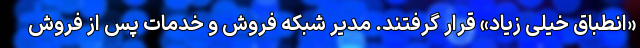
«انطباق خیلی زیاد» قرار گرفتند. مدیر شبکه فروش و خدمات پس از فروش